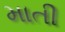
માતી